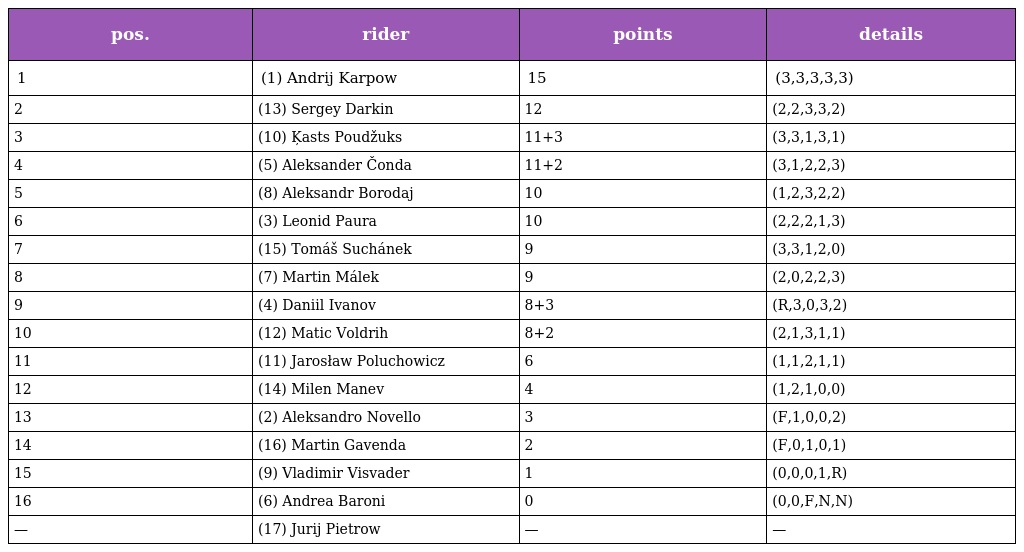
| pos. | rider | points | details |
 | --- | --- | --- | --- |
 | 1 | (1) Andrij Karpow | 15 | (3,3,3,3,3) |
 | 2 | (13) Sergey Darkin | 12 | (2,2,3,3,2) |
 | 3 | (10) Ķasts Poudžuks | 11+3 | (3,3,1,3,1) |
 | 4 | (5) Aleksander Čonda | 11+2 | (3,1,2,2,3) |
 | 5 | (8) Aleksandr Borodaj | 10 | (1,2,3,2,2) |
 | 6 | (3) Leonid Paura | 10 | (2,2,2,1,3) |
 | 7 | (15) Tomáš Suchánek | 9 | (3,3,1,2,0) |
 | 8 | (7) Martin Málek | 9 | (2,0,2,2,3) |
 | 9 | (4) Daniil Ivanov | 8+3 | (R,3,0,3,2) |
 | 10 | (12) Matic Voldrih | 8+2 | (2,1,3,1,1) |
 | 11 | (11) Jarosław Poluchowicz | 6 | (1,1,2,1,1) |
 | 12 | (14) Milen Manev | 4 | (1,2,1,0,0) |
 | 13 | (2) Aleksandro Novello | 3 | (F,1,0,0,2) |
 | 14 | (16) Martin Gavenda | 2 | (F,0,1,0,1) |
 | 15 | (9) Vladimir Visvader | 1 | (0,0,0,1,R) |
 | 16 | (6) Andrea Baroni | 0 | (0,0,F,N,N) |
 | — | (17) Jurij Pietrow | — | — |